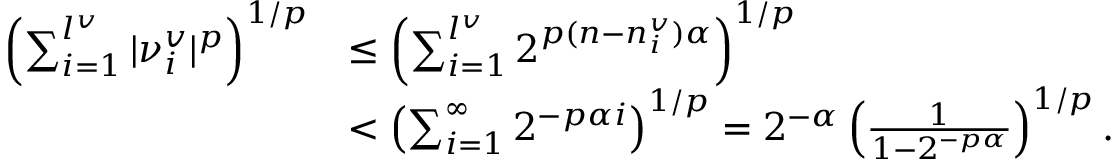
\begin{array} { r l } { \left( \sum _ { i = 1 } ^ { l ^ { v } } | \nu _ { i } ^ { v } | ^ { p } \right) ^ { 1 / p } } & { \leq \left( \sum _ { i = 1 } ^ { l ^ { v } } 2 ^ { p ( n - n _ { i } ^ { v } ) \alpha } \right) ^ { 1 / p } } \\ & { < \left( \sum _ { i = 1 } ^ { \infty } 2 ^ { - p \alpha i } \right) ^ { 1 / p } = 2 ^ { - \alpha } \left( \frac 1 { 1 - 2 ^ { - p \alpha } } \right) ^ { 1 / p } \mathrm { . } } \end{array}